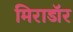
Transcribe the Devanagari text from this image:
मिराडॉर